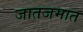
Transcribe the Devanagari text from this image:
जातजमात